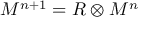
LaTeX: { M } ^ { n + 1 } = { \cal R } \otimes { \cal M } ^ { n }